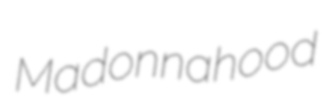
Madonnahood